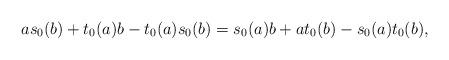
LaTeX: \begin{align*}a s_0(b) + t_0(a) b - t_0(a) s_0(b) = s_0(a) b + a t_0(b) - s_0(a) t_0(b),\end{align*}